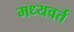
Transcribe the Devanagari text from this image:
मध्यवर्त